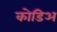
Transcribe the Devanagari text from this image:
कोडिअ